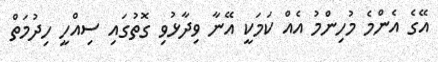
އޭގެ އެންމެ މުހިންމު އެއް ކަމަކީ އޭނާ ވިދާޅުވި ގޮތުގައި ސިއްހީ ހިދުމަތް